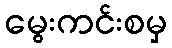
မွေးကင်းစမှ